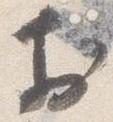
於